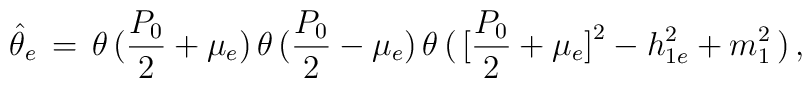
\hat\theta_e\,=\,\theta\,({P_0\over2}+\mu_e)\,\theta\,({P_0\over2}-\mu_e)\,\theta\,(\,\big[{P_0\over2}+\mu_e\big]^2-h^2_{1e}+m^2_1\,)\,,